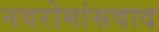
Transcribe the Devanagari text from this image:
नवरोमांसवाद